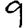
Digit: 9